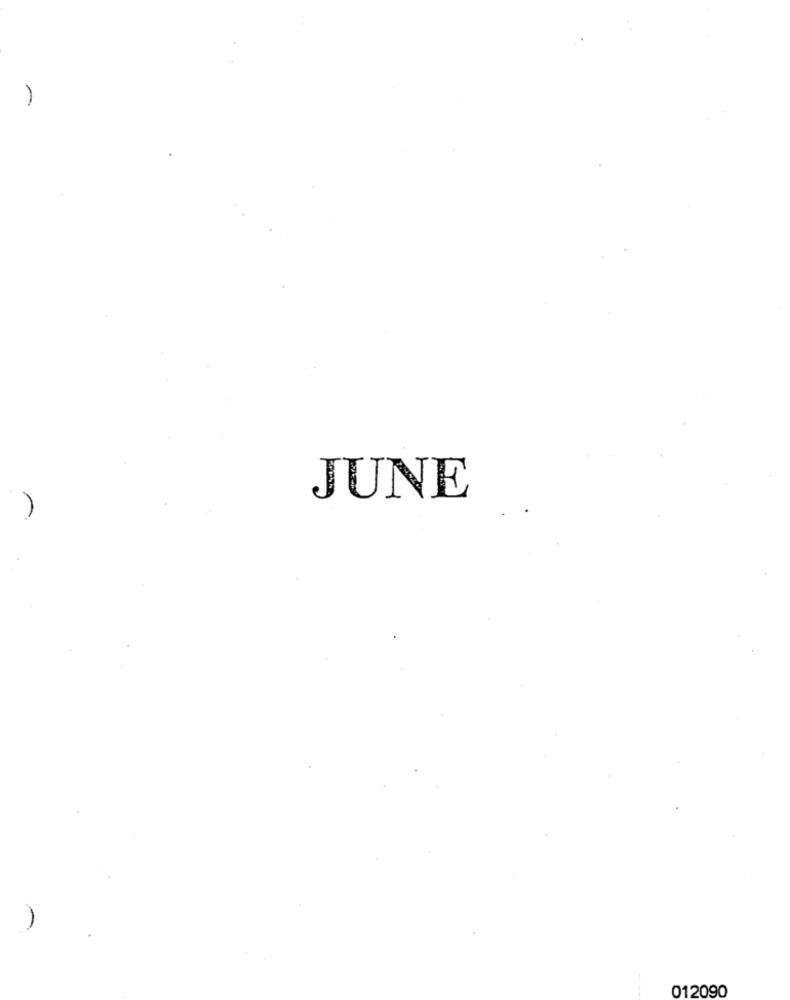
JUNE
012090